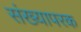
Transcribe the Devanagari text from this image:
संख्यापरक